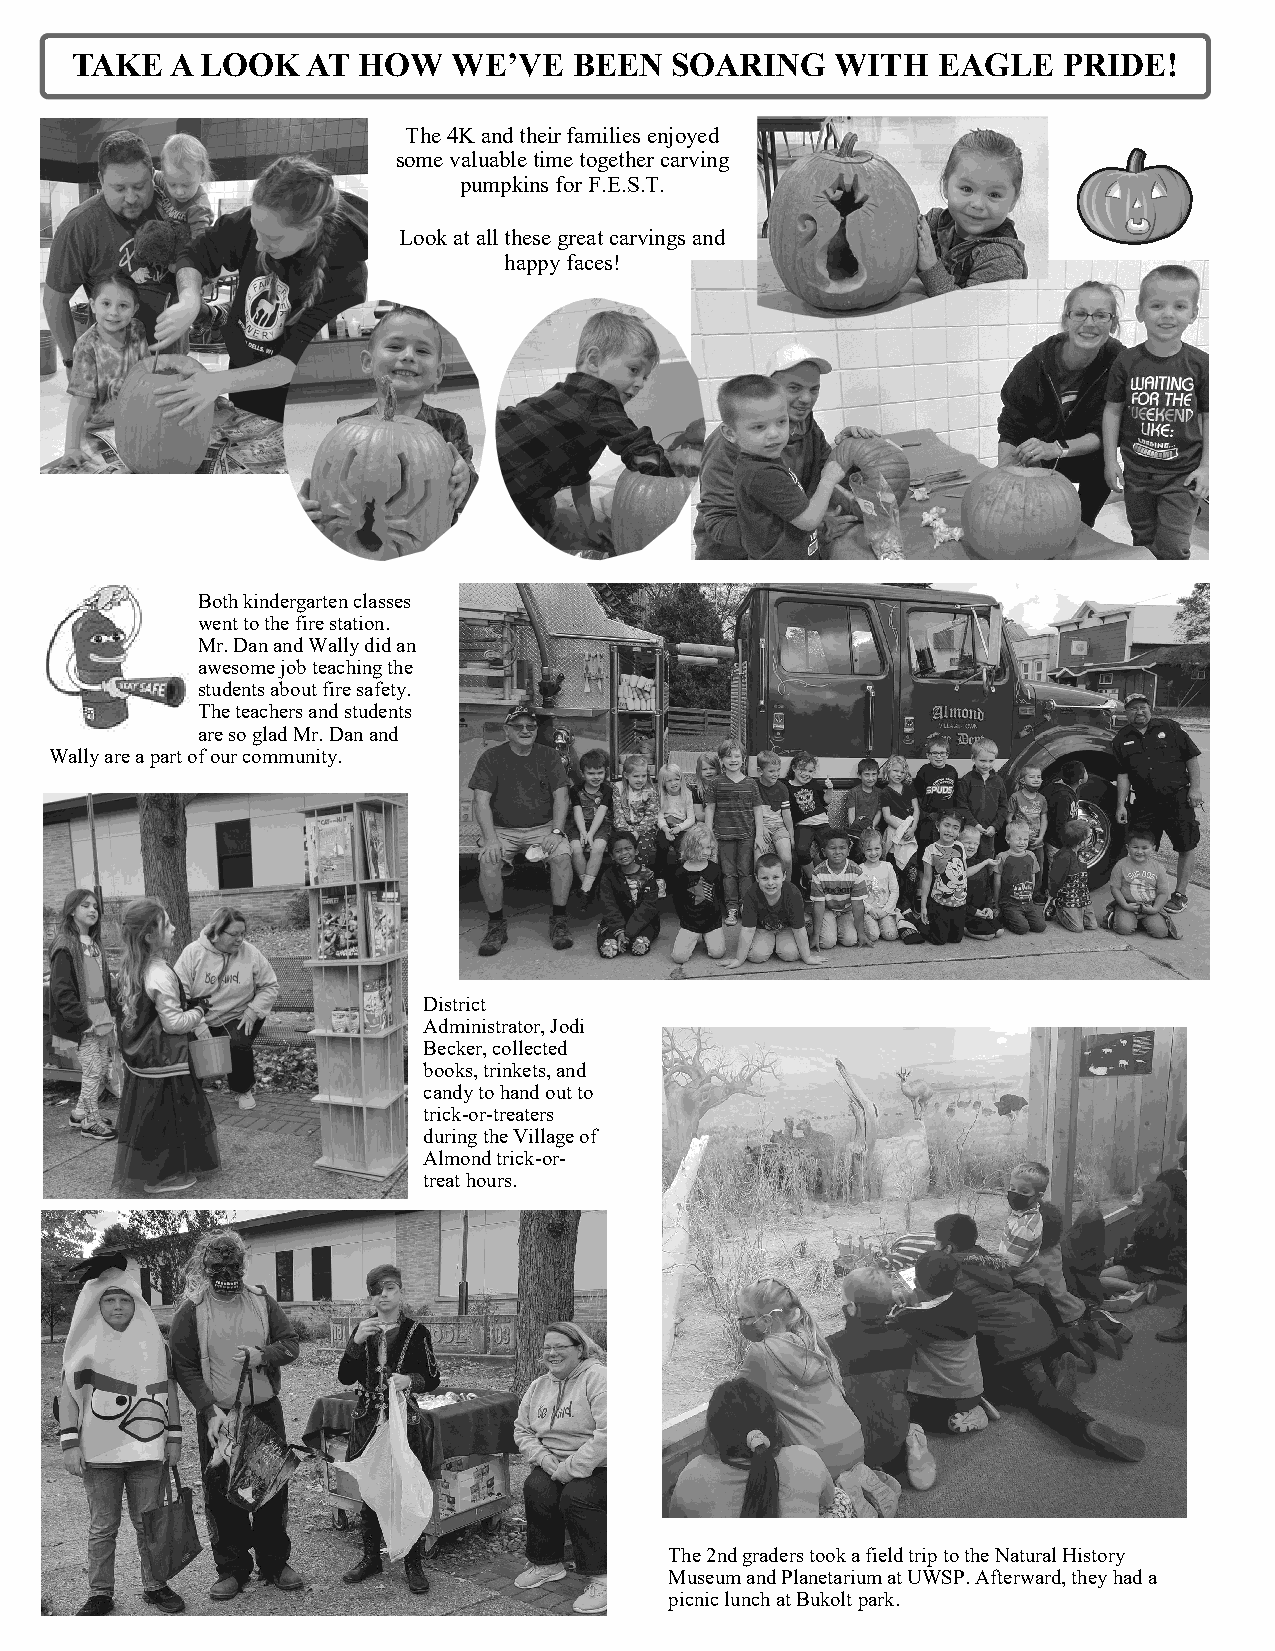
TAKE  A LOOK   AT  HOW   WE’VE   BEEN  SOARING    WITH   EAGLE   PRIDE!
 The 4K and their families enjoyed
 some valuable time together carving
 pumpkins for F.E.S.T.
 Look at all these great carvings and
 happy faces!
 Both kindergarten classes
 went to the fire station.
 Mr. Dan and Wally did an
 awesome job teaching the
 students about fire safety.
 The teachers and students
 are so glad Mr. Dan and
 Wally are a part of our community.
 District
 Administrator, Jodi
 Becker, collected
 books, trinkets, and
 candy to hand out to
 trick-or-treaters
 during the Village of
 Almond trick-or-
 treat hours.
 The 2nd graders took a field trip to the Natural History
 Museum and Planetarium at UWSP. Afterward, they had a
 picnic lunch at Bukolt park.